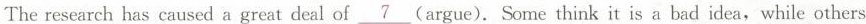
The research has caused a great deal of\underline{7}(argue).Some think it is a bad idea，while others